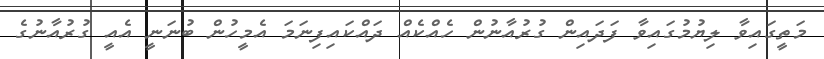
މަތީގައިވާ ލިޔުމުގައިވާ ފަދައިން ގުރުއާނުން ހެއްކެއް ދައްކައިފިނަމަ އެމީހުން ބުނަނީ އެއީ ގުރުއާނުގެ